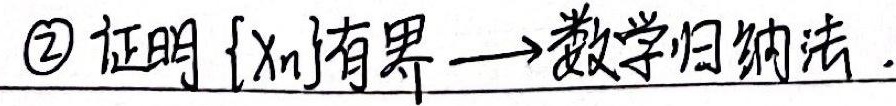
\textcircled{2} 证明 $\{x_n\}$有界$\to$数学归纳法.